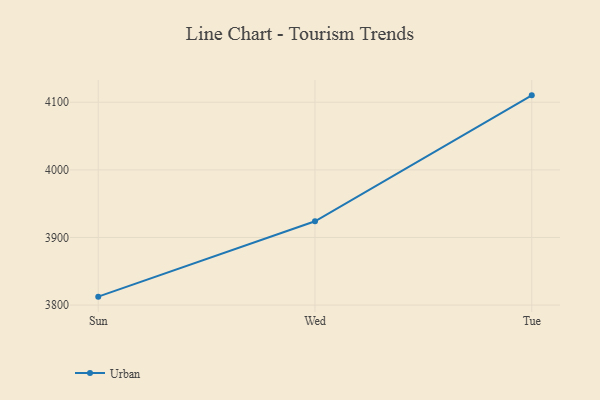
{"axis": {"x": "Day", "y": "Gross Profit (USD K)"}, "legend": ["Urban"], "data": [{"x": "Sun", "y": 3812.5, "type": "Urban"}, {"x": "Wed", "y": 3924.0, "type": "Urban"}, {"x": "Tue", "y": 4110.2, "type": "Urban"}]}